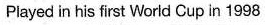
Played in his first World Cup in 1998